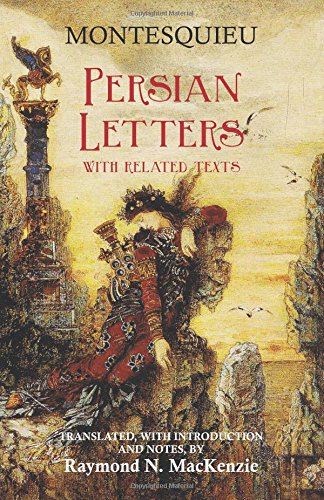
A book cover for Persian Letters: With Related Texts (Hackett Classics); Montesquieu; Politics & Social Sciences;